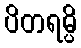
ပိတရမ္ပိ